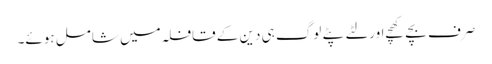
صرف بچے کھچے اور لٹے پٹے لوگ ہی دین کے قافلہ میں شامل ہوئے۔